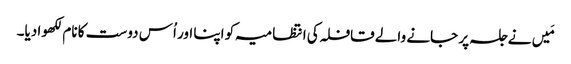
مَیں نے جلسہ پر جانے والے قافلہ کی انتظامیہ کو اپنا اور اُس دوست کا نام لکھوا دیا۔